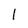
Character: l